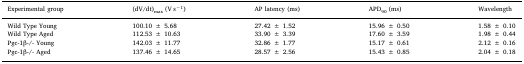
| Experimental group | (dV/dt)max (V s−1) | AP latency (ms) | APD90 (ms) | Wavelength |
 | --- | --- | --- | --- | --- |
 | Wild Type Young | 100.10 ± 5.68 | 27.42 ± 1.52 | 15.96 ± 0.50 | 1.58 ± 0.10 |
 | Wild Type Aged | 112.53 ± 10.63 | 33.90 ± 3.39 | 17.60 ± 3.59 | 1.98 ± 0.44 |
 | Pgc-1β-/- Young | 142.03 ± 11.77 | 32.86 ± 1.77 | 15.17 ± 0.61 | 2.12 ± 0.16 |
 | Pgc-1β-/- Aged | 137.46 ± 14.65 | 28.57 ± 2.56 | 15.43 ± 0.85 | 2.04 ± 0.18 |